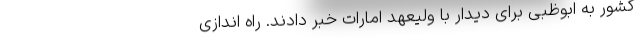
کشور به ابوظبی برای دیدار با ولیعهد امارات خبر دادند. راه اندازی